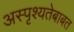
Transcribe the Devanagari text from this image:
अस्पृश्यतेबाबत